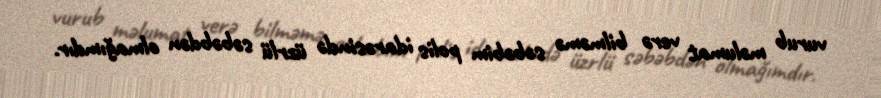
vurub məlumat verə bilməmə səbəbim polis idarəsində üzrlü səbəbdən olmağımdır.